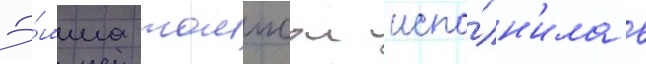
Э́мма томпсон испо́лн'ила в